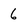
Character: 6